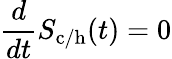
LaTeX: \frac{d}{dt}S_{\mathrm{c/h}}(t)=0